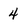
Character: 4